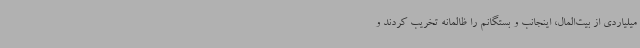
میلیاردی از بیت‌المال، اینجانب و بستگانم را ظالمانه تخریب کردند و